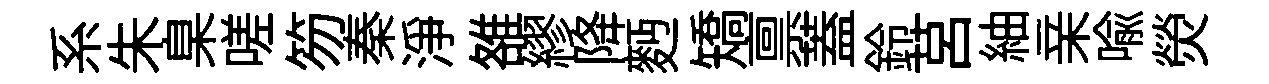
系朱臬嗟笏秦浄雒繆降麪矯禀蓋鈴莒紬亲喻熒